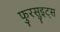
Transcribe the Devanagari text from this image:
फुरसुइट्स